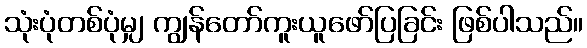
သုံးပုံတစ်ပုံမျှ ကျွန်တော်ကူးယူဖော်ပြခြင်း ဖြစ်ပါသည်။